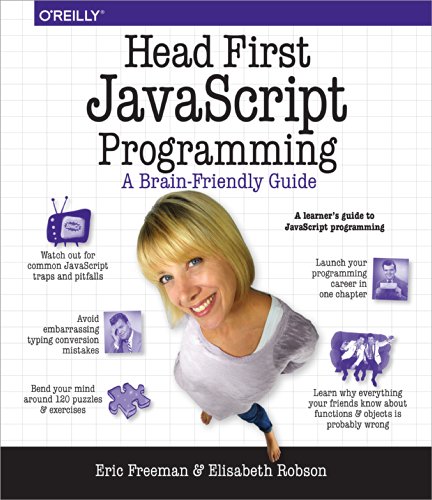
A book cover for Head First JavaScript Programming; Eric T. Freeman; Computers & Technology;